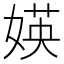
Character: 媖